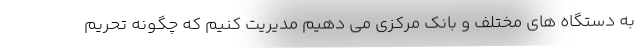
به دستگاه های مختلف و بانک مرکزی می دهیم مدیریت کنیم که چگونه تحریم